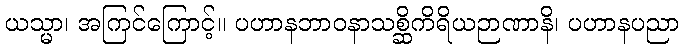
ယသ္မာ၊ အကြင်ကြောင့်။ ပဟာနဘာဝနာသစ္ဆိကိရိယဉာဏာနိ၊ ပဟာနပညာ